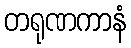
တရုဏကာနံ